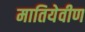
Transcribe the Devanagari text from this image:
मातियेवीण